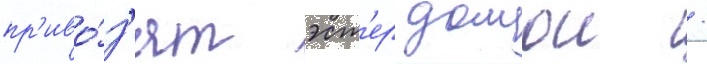
пр'иво́з'ят эст'ер домои /